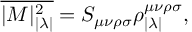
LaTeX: \overline { { { | { \cal M } | _ { | \lambda | } ^ { 2 } } } } = S _ { \mu \nu \rho \sigma } \rho _ { | \lambda | } ^ { \mu \nu \rho \sigma } ,